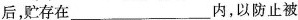
后，贮存在___内，以防止被